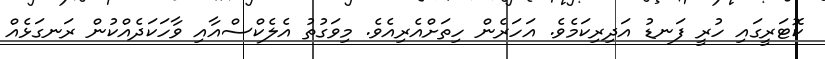
ކޮޓަރީގައި ހުރީ ފަނޑު އަދިރިކަމެވެ. އަހަރެން ހިތަށްއެރިއެވެ. މިވަގުތު އެލެކްސްއާއި ވާހަކަދެއްކުން ރަނގަޅެއް